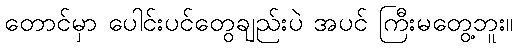
တောင်မှာ ပေါင်းပင်တွေချည်းပဲ အပင် ကြီးမတွေ့ဘူး။